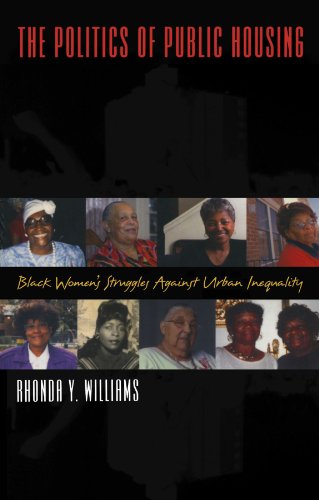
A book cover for The Politics of Public Housing: Black Women's Struggles Against Urban Inequality (Transgressing Boundaries: Studies in Black Politics and Black Communities); Rhonda Y. Williams; Gay & Lesbian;